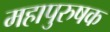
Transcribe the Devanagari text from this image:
महापुरुषक